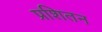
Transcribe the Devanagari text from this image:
प्रशितन